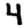
Digit: 4